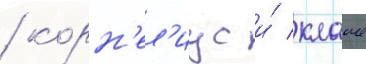
/ корн'ел'иус и́ клаше